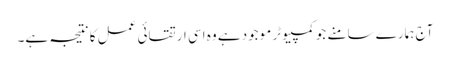
آج ہمارے سامنے جو کمپیوٹر موجود ہے وہ اسی ارتقائی عمل کا نتیجہ ہے۔